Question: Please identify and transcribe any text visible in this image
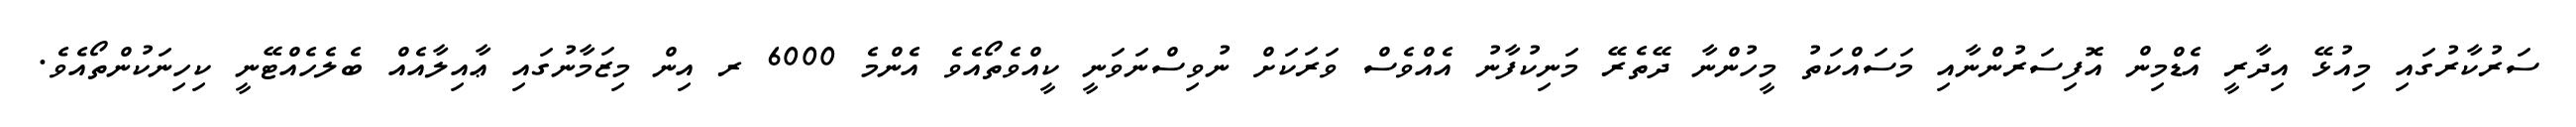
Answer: ސަރުކާރުގައި މިއުޅޭ އިދާރީ އެޑްމިން އޮފިސަރުންނާއި މަސައްކަތު މީހުންނާ ދޭތެރޭ މަނިކުފާނު އެއްވެސް ވަރަކަށް ނުވިސްނަވަނީ ކީއްވެތޯއެވެ އެންމެ 6000 ރ އިން މިޒަމާނުގައި ޢާއިލާއެއް ބެލެހެއްޓޭނީ ކިހިނަކުންތޯއެވެ.